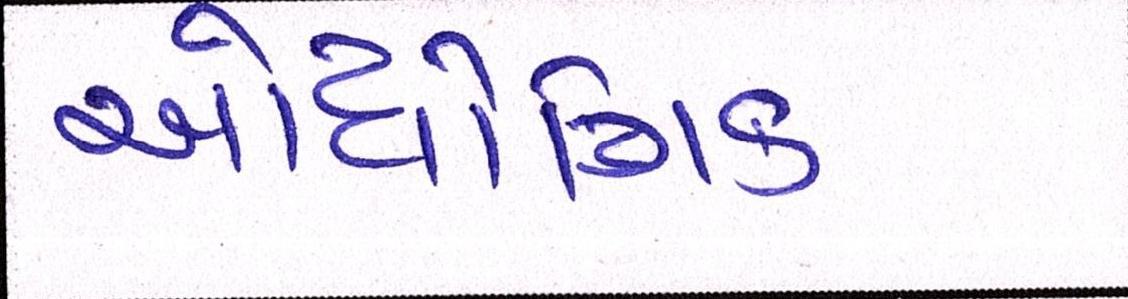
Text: ઔદ્યોગિક